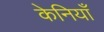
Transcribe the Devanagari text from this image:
केनियाँ